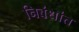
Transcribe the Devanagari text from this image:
निबंधांत